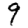
Digit: 9